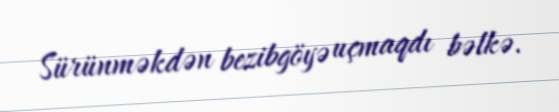
Sürünməkdən bezibgöyə uçmaqdı bəlkə.